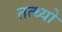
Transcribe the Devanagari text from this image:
तत्थ्यो